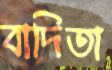
বাদিতা